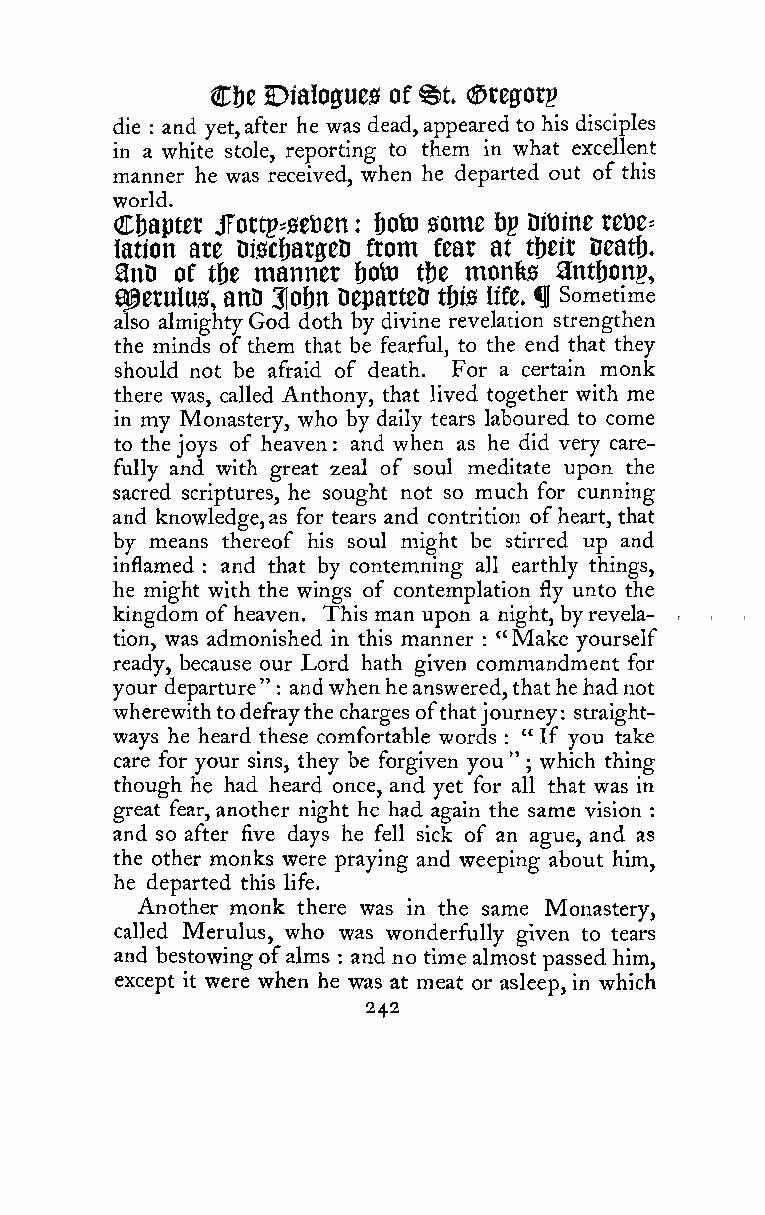
^t
 C&e Dialo0ue0 of (Stegorp
 die and yet,after he was dead,appeared to his disciples
 :
 in a white stole, reporting to them in what excellent
 manner he was received, when he departed out of this
 world.
 Chapter Jfortp^setien : fjoto 0ome ftp Ditiine retie^
 lation are Disc!)atffeD from fear at tt)eir Deatf).
 anD of tbe manner i)Oto t&e monfes antfjonp,
 a^erulus, anD 3lot)n Departed t&is life, f Sometime
 also almighty God doth by divine revelation strengthen
 the minds ofthem that be fearful, to the end that they
 should not be afraid of death. For a certain monk
 there was, called Anthony, that lived together with me
 in my Monastery, who by daily tears laboured to come
 to the joys of heaven and when as he did very care-
 :
 fully and with great zeal of soul meditate upon the
 sacred scriptures, he sought not so much for cunning
 and knowledge,as for tears and contrition ofheart, that
 by means thereof his soul might be stirred up and
 inflamed : and that by contemning all earthly things,
 he might with the wings of contemplation fly unto the
 kingdom of heaven. This man upon a night, byrevela-
 tion, was admonished in this manner "Make yourself
 :
 ready, because our Lord hath given commandment for
 your departure" andwhen heanswered, thathehadnot
 :
 wherewithtodefraythe charges ofthatjourney straight-
 :
 ways he heard these comfortable words " If you take
 :
 care for your sins, they be forgiven you" which thing
 ;
 though he had heard once, and yet for all that was in
 great fear, another night he had again the same vision
 :
 and so after five days he fell sick of an ague, and as
 the other monks were praying and weeping about him,
 he departed this life.
 Another monk there was in the same Monastery,
 called Merulus, who was wonderfully given to tears
 and bestowing ofalms and no time almostpassed him,
 :
 except it were when he was at meat or asleep, in which
 242